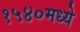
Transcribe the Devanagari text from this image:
१५४०मध्ये